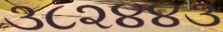
૩૮૨૪૪૩